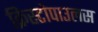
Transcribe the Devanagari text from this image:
क्रिस्टोपाउलस